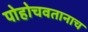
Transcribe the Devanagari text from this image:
पोहोचवतानाच